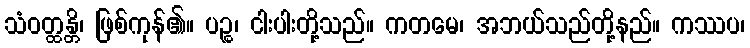
သံဝတ္ထန္တိ၊ ဖြစ်ကုန်၏။ ပဉ္စ၊ ငါးပါးတို့သည်။ ကတမေ၊ အဘယ်သည်တို့နည်။ ကဿပ၊